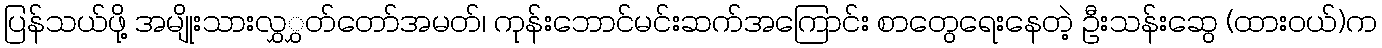
ပြန်သယ်ဖို့ အမျိုးသားလွှွှတ်တော်အမတ်၊ ကုန်းဘောင်မင်းဆက်အကြောင်း စာတွေရေးနေတဲ့ ဦးသန်းဆွေ (ထားဝယ်)က